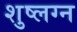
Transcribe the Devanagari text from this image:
शुष्लग्न